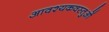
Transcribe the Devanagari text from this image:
आवश्यकवस्तुओं